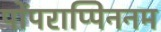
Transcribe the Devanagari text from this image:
पोंपराप्पिननम